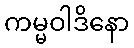
ကမ္မဝါဒိနော